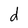
Character: d